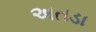
અતડા